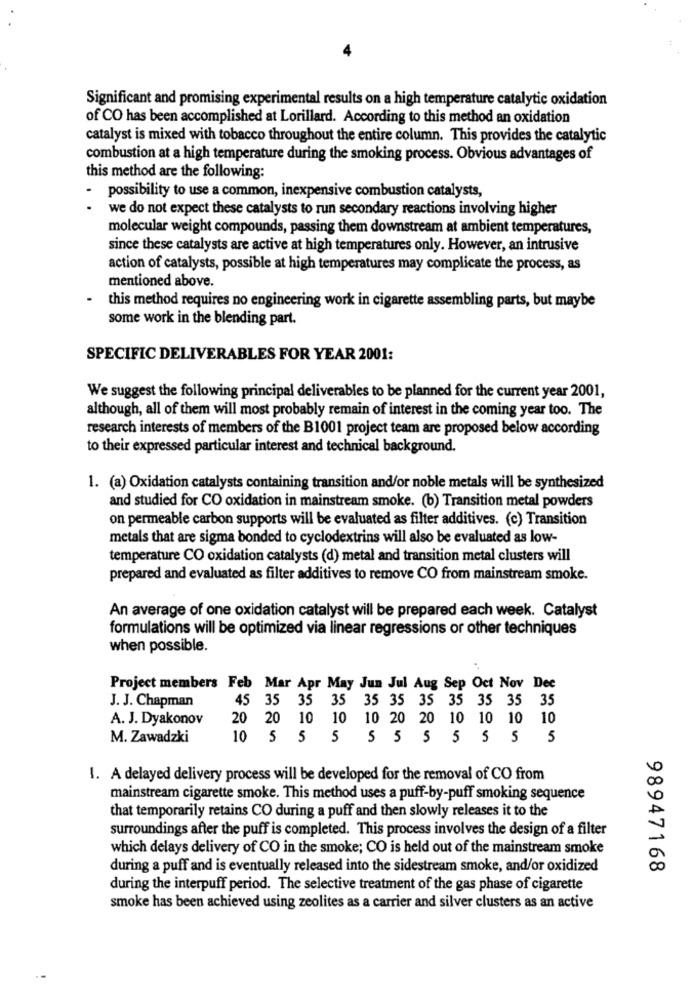
Significant and promising experimental results on a high temperature catalytic oxidation
of CO has been accomplished at Lorillard. According to this method an oxidation
catalyst is mixed with tobacco throughout the entire column. This provides the catalytic
combustion at a high temperature during the smoking process. Obvious advantages of
this method are the following:
possibility to use a common, inexpensive combustion catalysts,
we do not expect these catalysts to run secondary reactions involving higher
molecular weight compounds, passing them downstream at ambient temperatures,
since these catalysts are active at high temperatures only. However, an intrusive
action of catalysts, possible at high temperatures may complicate the process, as
mentioned above.
this method requires no engineering work in cigarette assembling parts, but maybe
some work in the blending part.
SPECIFIC DELIVERABLES FOR YEAR 2001:
We suggest the following principal deliverables to be planned for the current year 2001,
although, all of them will most probably remain of interest in the coming year too. The
research interests of members of the B1001 project team are proposed below according
to their expressed particular interest and technical background.
1. (a) Oxidation catalysts containing transition and/or noble metals will be synthesized
and studied for CO oxidation in mainstream smoke. (b) Transition metal powders
on permeable carbon supports will be evaluated as filter additives. (c) Transition
metals that are sigma bonded to cyclodextrins will also be evaluated as low-
temperature CO oxidation catalysts (d) metal and transition metal clusters will
prepared and evaluated as filter additives to remove CO from mainstream smoke.
An average of one oxidation catalyst will be prepared each week. Catalyst
formulations will be optimized via linear regressions or other techniques
when possible.
Project members Feb Mar Apr May Jun Jul Aug Sep Oct Nov Dee
J. J. Chapman
45 35 35 35 35 35 35 35 35 35 35
A. J. Dyakonov
20 20 10 10 10 20 20 10 10 10 10
M. Zawadzki
10 5 5 5 5 5 5 5 5 5 5
1. A delayed delivery process will be developed for the removal of CO from
mainstream cigarette smoke. This method uses a puff-by-puff smoking sequence
that temporarily retains CO during a puff and then slowly releases it to the
surroundings after the puff is completed. This process involves the design of a filter
which delays delivery of CO in the smoke; CO is held out of the mainstream smoke
during a puff and is eventually released into the sidestream smoke, and/or oxidized
98947168
during the interpuff period. The selective treatment of the gas phase of cigarette
smoke has been achieved using zeolites as a carrier and silver clusters as an active